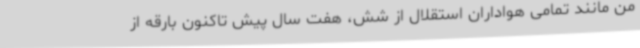
من مانند تمامی هواداران استقلال از شش، هفت سال پیش تاکنون بارقه از